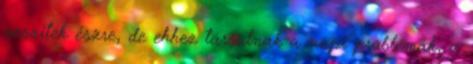
veszitek észre, de ehhez társulnak a napi problémák, a